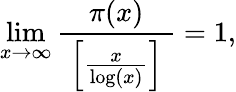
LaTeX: \operatorname*{lim}_{x\to\infty}{\frac{\; \pi(x)\; }{\; \left[{\frac{x}{\log(x)}}\right]\; }}=1,